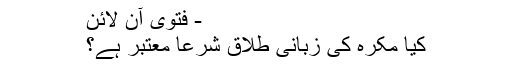
- فتویٰ آن لائن
کیا مُکرَہ کی زبانی طلاق شرعاً معتبر ہے؟